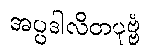
အပ္ပဒါလိတပုဗ္ဗံ